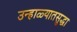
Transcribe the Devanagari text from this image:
उन्हाळ्यातसुद्धा